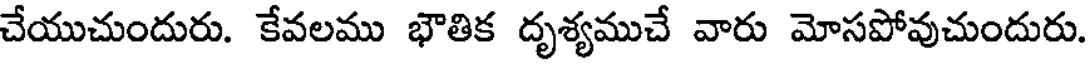
చేయుచుందురు. కేవలము భౌతిక దృశ్యముచే వారు మోసపోవుచుందురు.